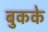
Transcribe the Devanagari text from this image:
बुकके